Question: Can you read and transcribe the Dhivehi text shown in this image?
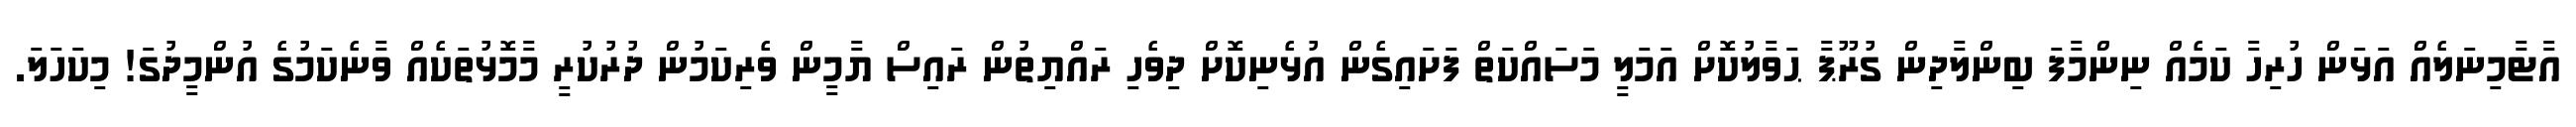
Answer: އާޓާމިނަލެއް އަޅަން ހުރިހާ ކަމެއް ނިންމާފަ ބިންލާދިން ގުރޫޕާ ޙަވާލުކޮށް އަމަލީ މަސައްކަތް ފަށައިގެން އުޅެނިކޮށް ދިވެހި ރައްޔިތުން ރައިސް ޔާމީން ވެރިކަމުން ދުރުކުރީ މާމޮޅުތަކެއް ވާނެކަމުގެ އުންމީދުގަ! މިކަހަލަ.